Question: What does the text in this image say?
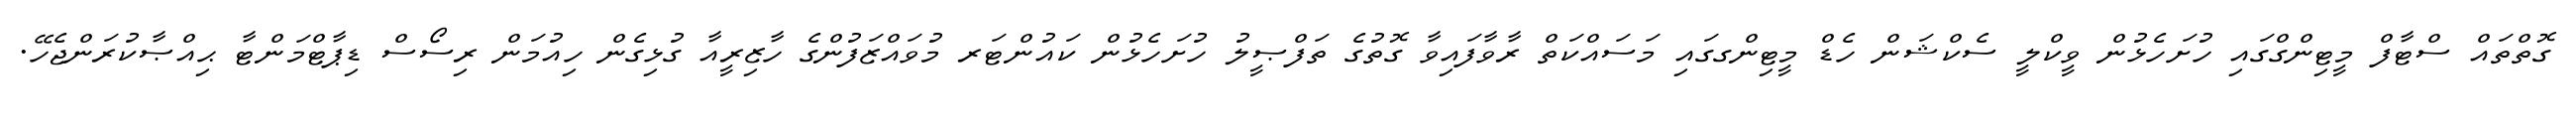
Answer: ގޮތްތައް ސްޓާފް މީޓިންގްގައި ހުށަހެޅުން ވީކްލީ ސެކްޝަން ހެޑް މީޓިންގގައި މަސައްކަތް ރާވާފައިވާ ގޮތުގެ ތަފްޞީލު ހުށަހެޅުން ކައުންޓަރ މުވައްޒަފުންގެ ހާޒިރީއާ ގުޅިގެން ހިއުމަން ރިސޯސް ޑިޕާޓްމަންޓާ ޙިއްޞާކުރަންޖެހޭ.